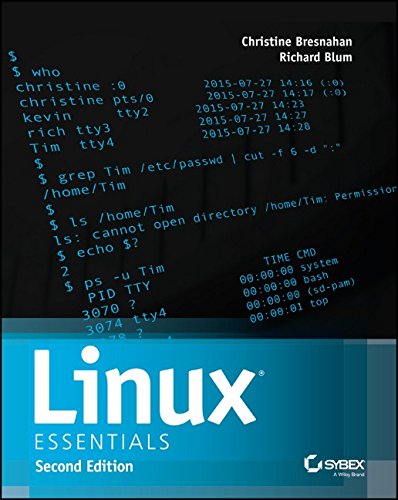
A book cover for Linux Essentials; Christine Bresnahan; Computers & Technology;